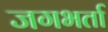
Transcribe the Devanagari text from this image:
जगभर्ता